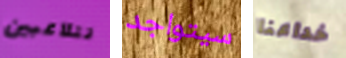
تتلاعبين سيتواجد خداعنا